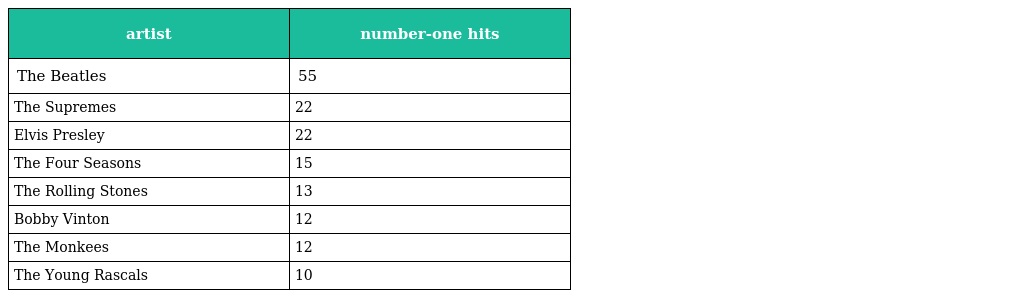
| artist | number-one hits |
 | --- | --- |
 | The Beatles | 55 |
 | The Supremes | 22 |
 | Elvis Presley | 22 |
 | The Four Seasons | 15 |
 | The Rolling Stones | 13 |
 | Bobby Vinton | 12 |
 | The Monkees | 12 |
 | The Young Rascals | 10 |